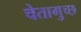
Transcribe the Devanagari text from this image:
चेतागुच्छ